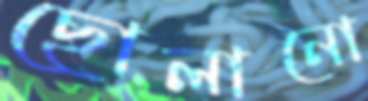
ছোলানো